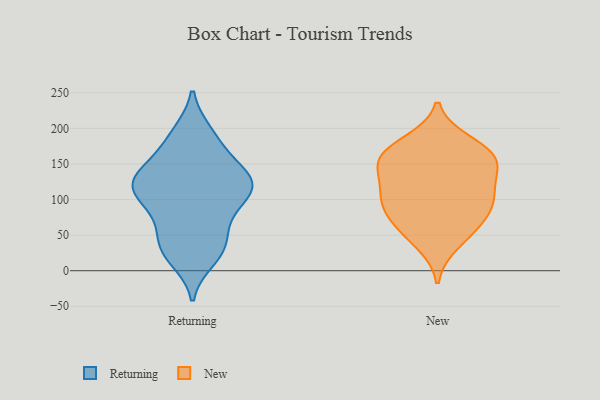
{"axis": {"x": "Gross Profit (USD K)", "y": "Value"}, "legend": ["New", "Returning"], "data": [{"x": "", "y": 16, "type": "Returning"}, {"x": "", "y": 157, "type": "Returning"}, {"x": "", "y": 92, "type": "Returning"}, {"x": "", "y": 28, "type": "Returning"}, {"x": "", "y": 123, "type": "Returning"}, {"x": "", "y": 115, "type": "Returning"}, {"x": "", "y": 133, "type": "Returning"}, {"x": "", "y": 131, "type": "Returning"}, {"x": "", "y": 105, "type": "Returning"}, {"x": "", "y": 66, "type": "Returning"}, {"x": "", "y": 37, "type": "Returning"}, {"x": "", "y": 165, "type": "Returning"}, {"x": "", "y": 67, "type": "Returning"}, {"x": "", "y": 192, "type": "Returning"}, {"x": "", "y": 31, "type": "Returning"}, {"x": "", "y": 108, "type": "Returning"}, {"x": "", "y": 194, "type": "Returning"}, {"x": "", "y": 128, "type": "Returning"}, {"x": "", "y": 120, "type": "Returning"}, {"x": "", "y": 147, "type": "New"}, {"x": "", "y": 60, "type": "New"}, {"x": "", "y": 141, "type": "New"}, {"x": "", "y": 143, "type": "New"}, {"x": "", "y": 96, "type": "New"}, {"x": "", "y": 165, "type": "New"}, {"x": "", "y": 38, "type": "New"}, {"x": "", "y": 107, "type": "New"}, {"x": "", "y": 63, "type": "New"}, {"x": "", "y": 181, "type": "New"}, {"x": "", "y": 80, "type": "New"}, {"x": "", "y": 107, "type": "New"}, {"x": "", "y": 100, "type": "New"}, {"x": "", "y": 169, "type": "New"}, {"x": "", "y": 162, "type": "New"}]}